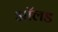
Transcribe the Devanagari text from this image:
आॅलड